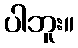
ပါဘူး။